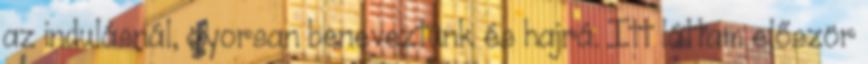
az indulásnál, gyorsan beneveztünk és hajrá. Itt láttam először